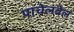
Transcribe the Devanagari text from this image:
पाचेलबेल